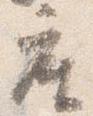
座